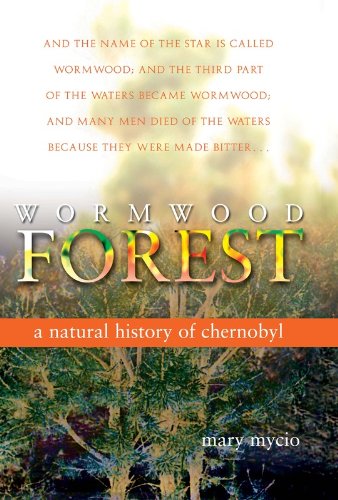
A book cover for Wormwood Forest:: A Natural History of Chernobyl; Mary Mycio; Science & Math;